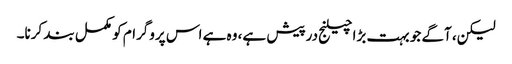
لیکن، آگے جو بہت بڑا چیلنج درپیش ہے، وہ ہے اس پروگرام کو مکمل بند کرنا۔